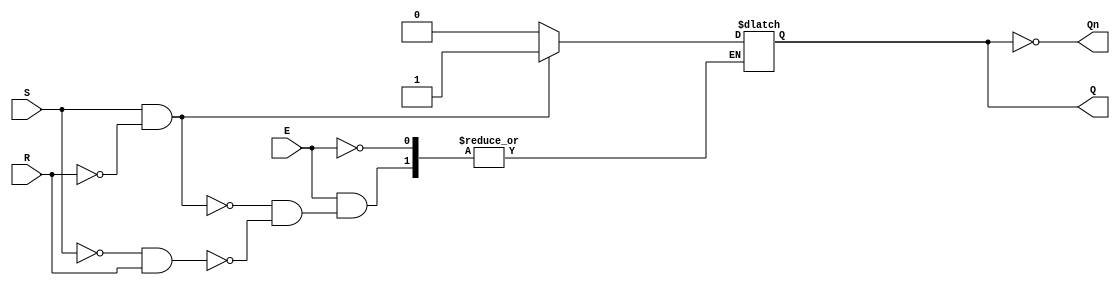
module GatedSRLatch (
    input wire S,        // Set input
    input wire R,        // Reset input
    input wire E,        // Enable input
    output reg Q,        // Output Q
    output wire Qn       // Complementary output (not Q)
);

    assign Qn = ~Q;      // Q' is the inverse of Q

    always @(E or S or R) begin
        if (E) begin
            if (S && ~R) begin
                Q <= 1'b1;  // Set Q to high
            end else if (~S && R) begin
                Q <= 1'b0;  // Reset Q to low
            end
            // If both S and R are high, the output state is indeterminate
            // Retain previous state if both S and R are low
        end
        // When E is low, the latch holds the last state of Q
    end

endmodule